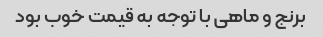
برنج و ماهی با توجه به قیمت خوب بود